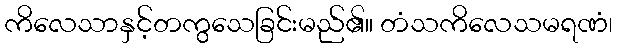
ကိလေသာနှင့်တကွသေခြင်းမည်၏။ တံသကိလေသမရဏံ၊